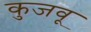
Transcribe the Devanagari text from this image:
कुजवू